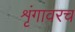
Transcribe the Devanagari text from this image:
शृंगावरच